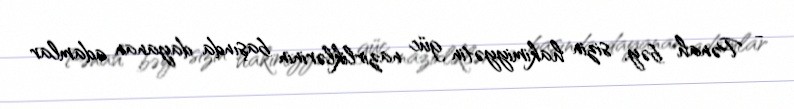
- Pənah bəy, sizin hakimiyyətin güc nazirliklərinin başında dayanan adamlar